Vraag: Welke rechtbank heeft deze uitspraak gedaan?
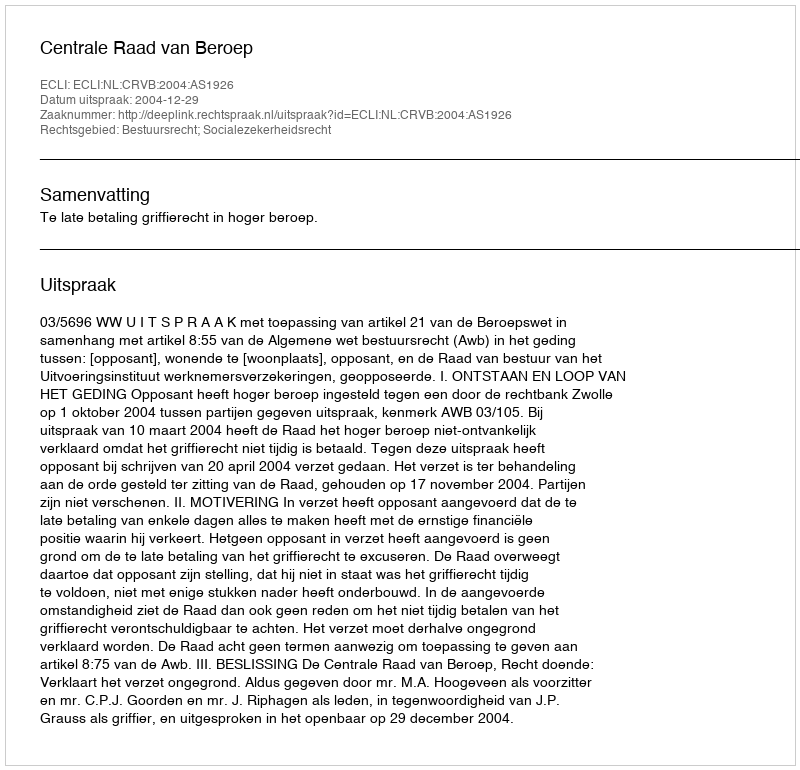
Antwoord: Centrale Raad van Beroep